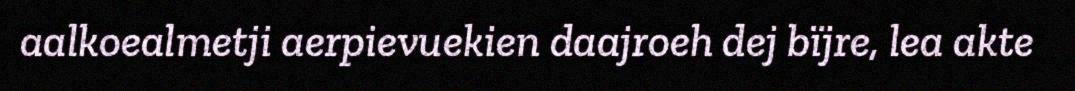
aalkoealmetji aerpievuekien daajroeh dej bïjre, lea akte